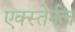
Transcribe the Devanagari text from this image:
एक्स्तेर्नल